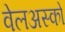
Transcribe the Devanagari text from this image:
वेलअस्को